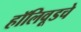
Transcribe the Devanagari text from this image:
हॉलिवूडचे